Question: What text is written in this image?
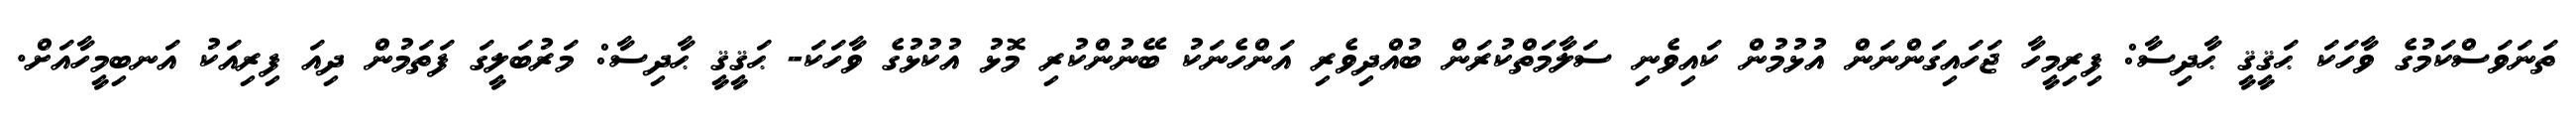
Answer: ތަނަވަސްކަމުގެ ވާހަކަ ޙަޤީޤީ ޙާދިސާ: ފިރިމީހާ ޖަހައިގަންނަން އުޅުމުން ކައިވެނި ސަލާމަތްކުރަން ބުއްދިވެރި އަންހެނަކު ބޭނުންކުރި މޮޅު އުކުޅުގެ ވާހަކަ- ޙަޤީޤީ ޙާދިސާ: މަރުބަލީގަ ފަތަމުން ދިއަ ފިރިއަކު އަނބިމީހާއަށް.